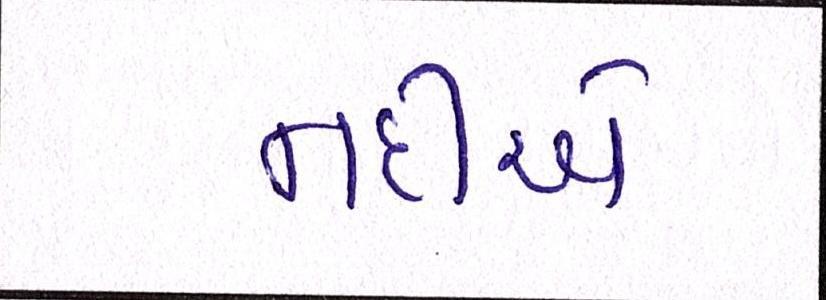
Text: નદીએ